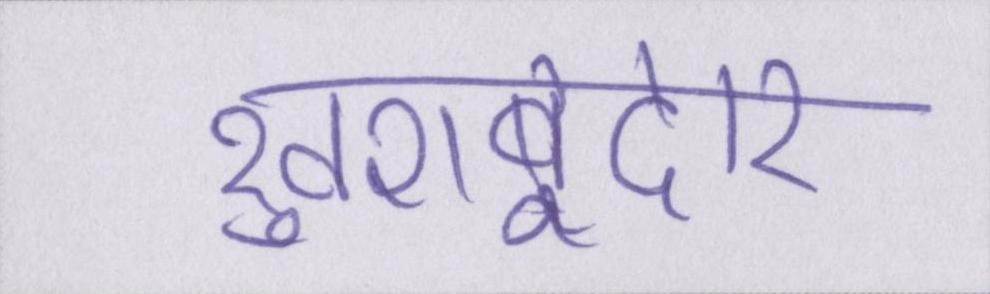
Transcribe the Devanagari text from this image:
खुशबूदार